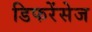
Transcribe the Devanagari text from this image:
डिफरेंसेज